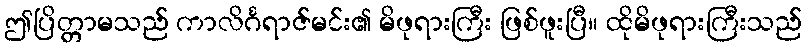
ဤပြိတ္တာမသည် ကာလိင်္ဂရာဇ်မင်း၏ မိဖုရားကြီး ဖြစ်ဖူးပြီ။ ထိုမိဖုရားကြီးသည်